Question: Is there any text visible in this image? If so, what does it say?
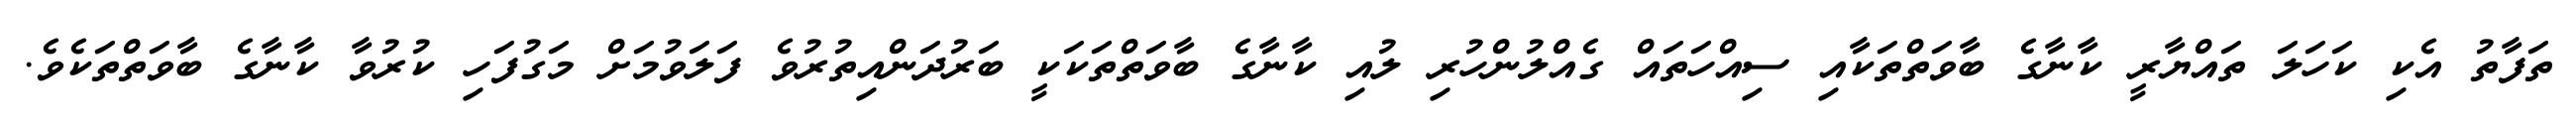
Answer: ތަފާތު އެކި ކަހަލަ ތައްޔާރީ ކާނާގެ ބާވަތްތަކާއި ސިއްހަތައް ގެއްލުންހުރި ލުއި ކާނާގެ ބާވަތްތަކަކީ ބަރުދަންއިތުރުވެ ފަލަވުމަށް މަގުފަހި ކުރުވާ ކާނާގެ ބާވަތްތަކެވެ.